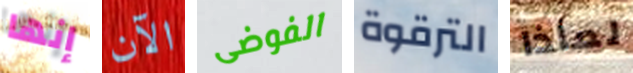
إنها الآن الفوضى الترقوة لماذا